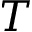
T